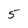
Character: 5